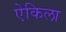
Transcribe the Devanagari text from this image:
ऐकिला